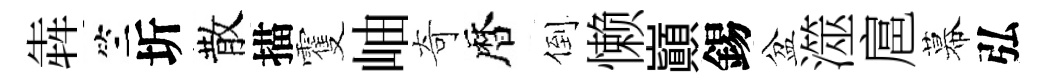
犇竺圻散描䨥岫奇暦倒懒巔錫盆澨扈幕弘